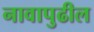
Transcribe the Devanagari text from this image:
नावापुढील